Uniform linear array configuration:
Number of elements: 4
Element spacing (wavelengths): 0.75
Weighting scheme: kaiser
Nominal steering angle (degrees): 0
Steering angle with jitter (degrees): -1.369
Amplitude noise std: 0.05
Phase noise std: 0.05

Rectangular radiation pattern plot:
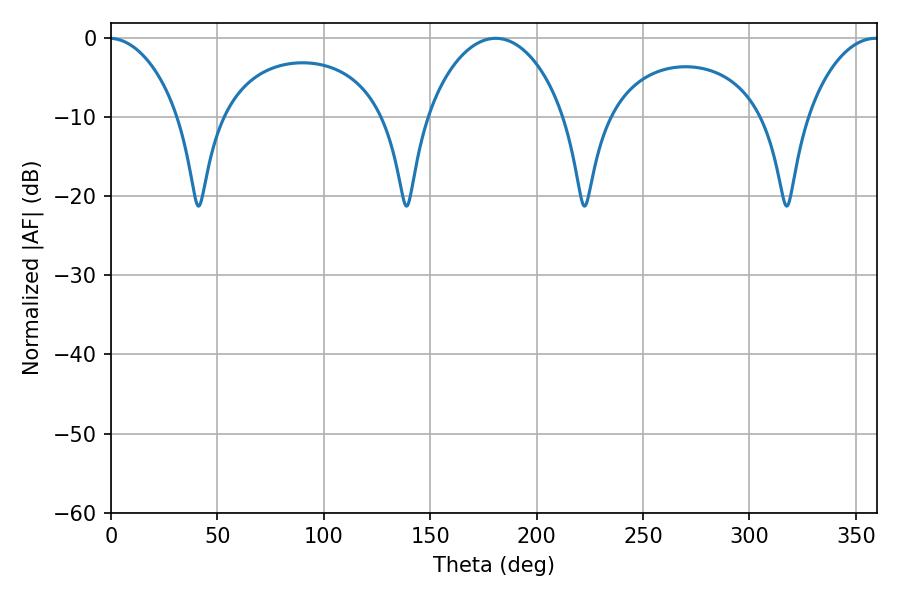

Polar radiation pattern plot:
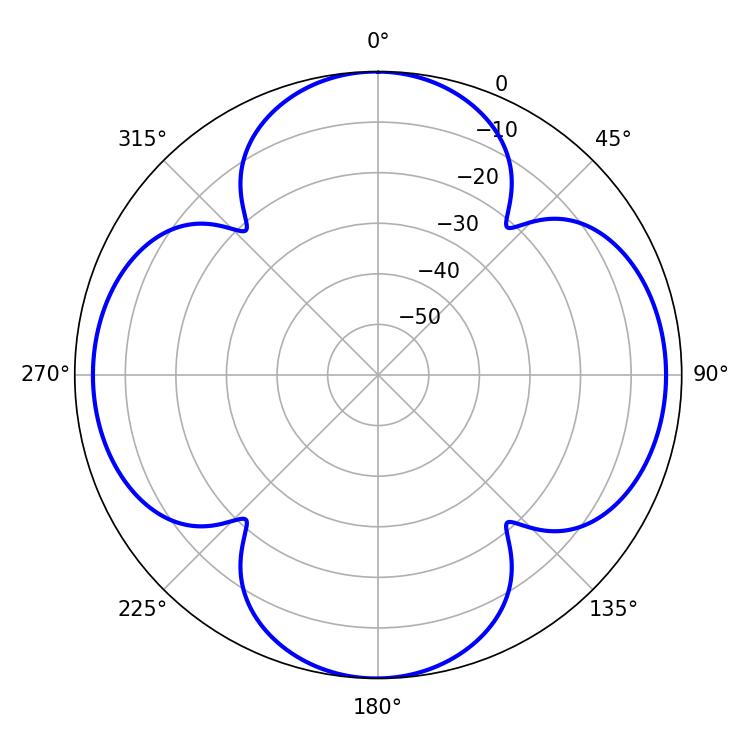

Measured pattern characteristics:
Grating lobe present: TRUE
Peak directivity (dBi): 16.785
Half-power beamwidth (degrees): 36.72
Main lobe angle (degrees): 180.72